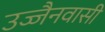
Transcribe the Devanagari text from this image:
उज्जैनवासी